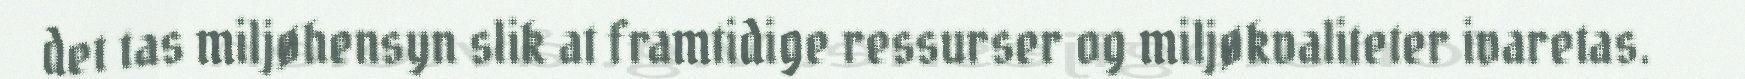
det tas miljøhensyn slik at framtidige ressurser og miljøkvaliteter ivaretas.